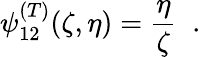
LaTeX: \psi_{12}^{(T)}(\zeta,\eta)=\frac{\eta}{\zeta}\; \; .